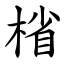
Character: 㮐